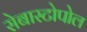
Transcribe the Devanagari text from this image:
सेबास्टोपोल